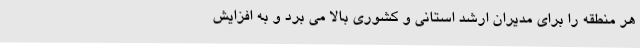
هر منطقه را برای مدیران ارشد استانی و کشوری بالا می برد و به افزایش